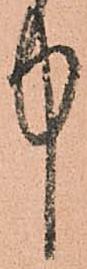
中